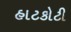
હાટકોટી